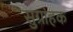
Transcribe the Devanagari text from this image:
सुग्रांहक